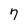
Character: 7